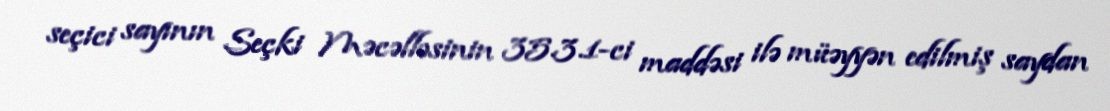
seçici sayının Seçki Məcəlləsinin 35.3.1-ci maddəsi ilə müəyyən edilmiş saydan